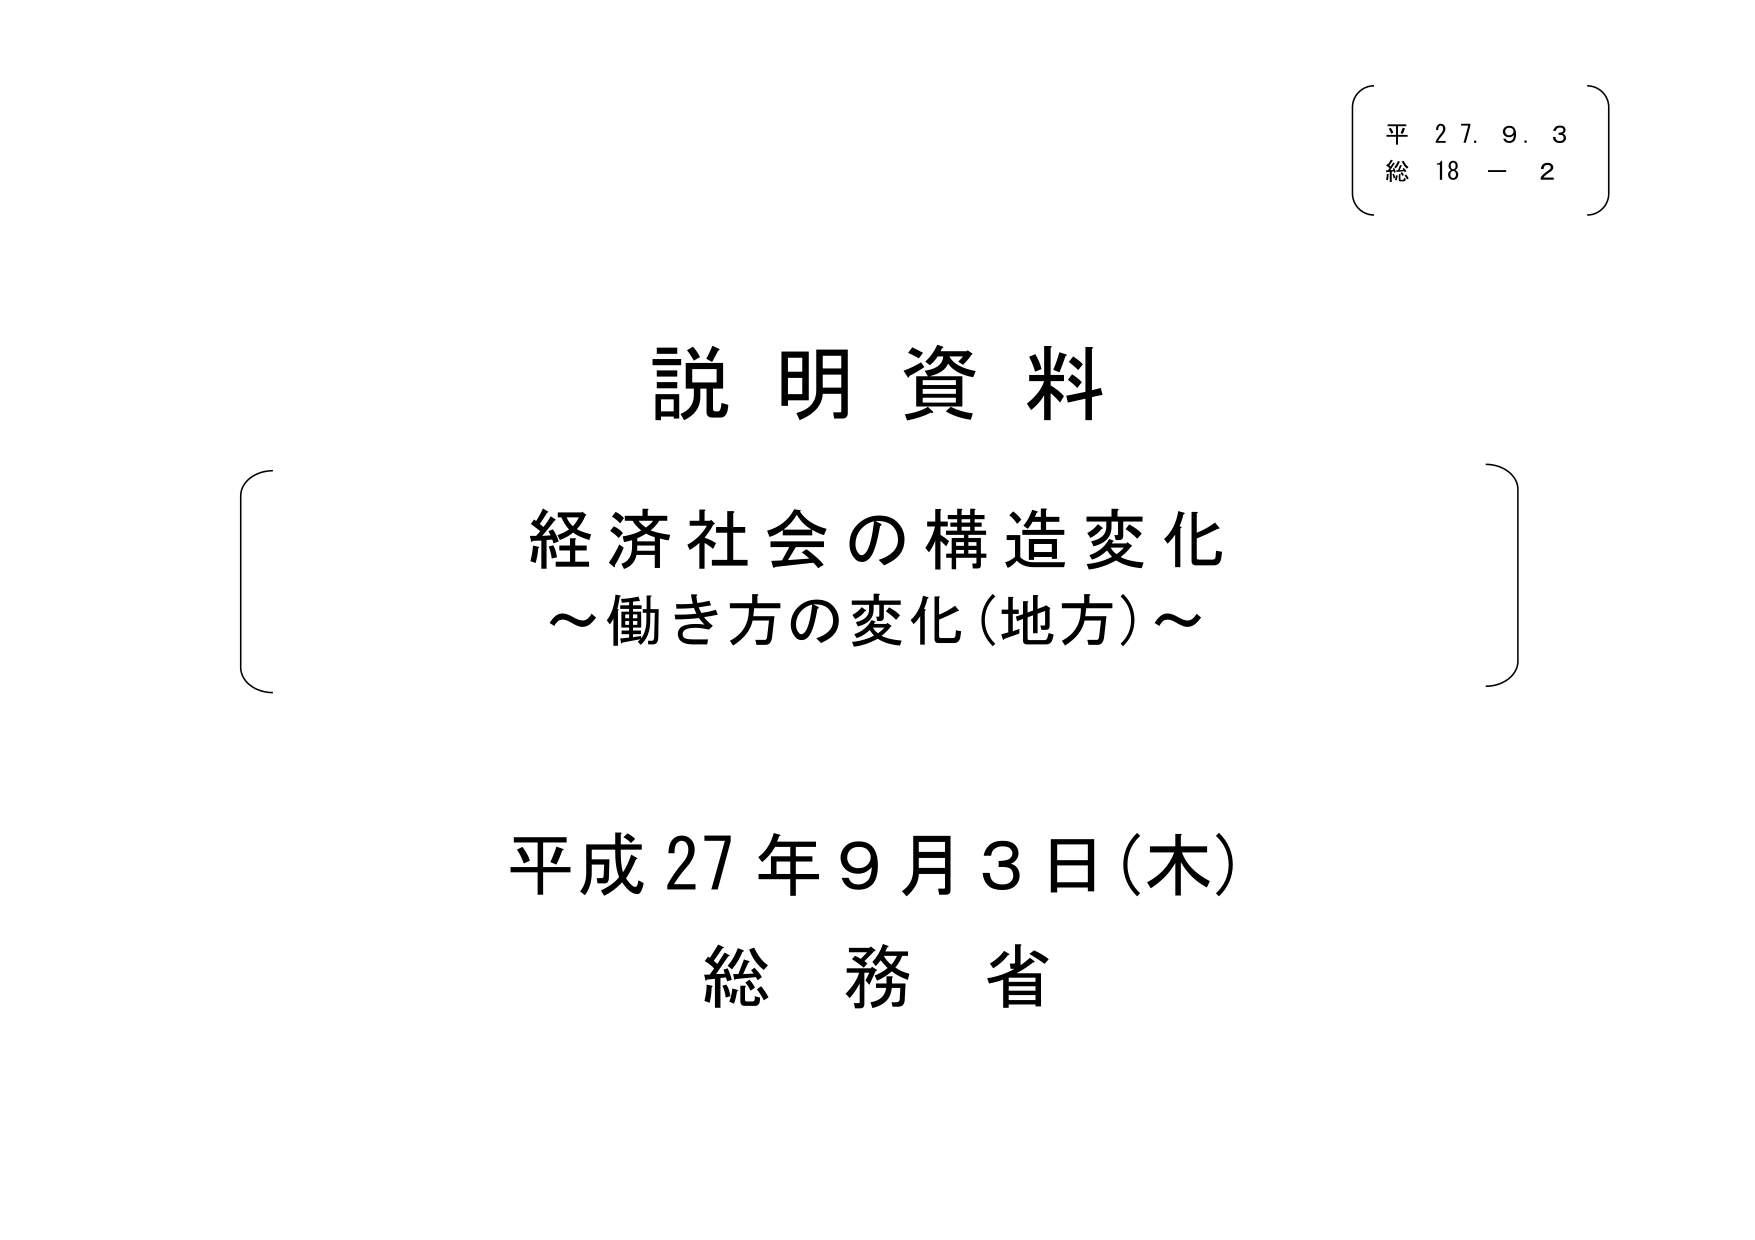
平 27. 9. 3
総 18 - 2

説明資料
経済社会の構造変化
～働き方の変化（地方）～

平成27年9月3日（木）
総務省